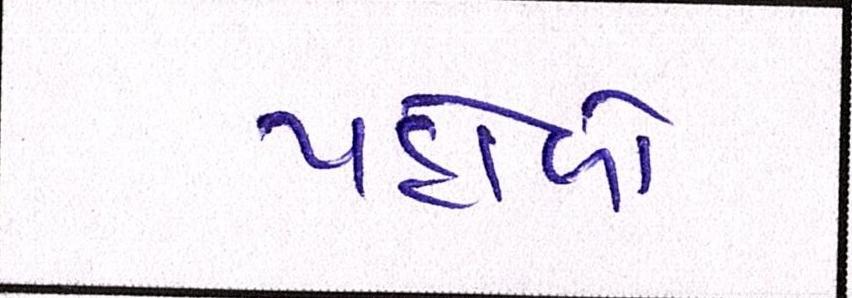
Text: પહોળો